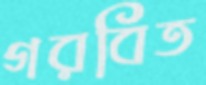
গরবিত